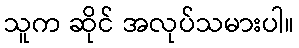
သူက ဆိုင် အလုပ်သမားပါ။